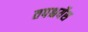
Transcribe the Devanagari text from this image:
तपश्चर्येस